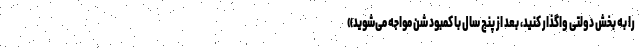
را به بخش دولتی واگذار کنید، بعد از پنج سال با کمبود شن مواجه می‌شوید»